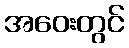
အဝေးတွင်